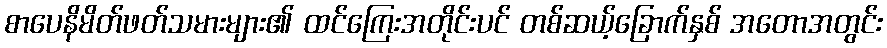
စာပေနိမိတ်ဖတ်သမားများ၏ ထင်ကြေးအတိုင်းပင် တစ်ဆယ့်ခြောက်နှစ် အတောအတွင်း